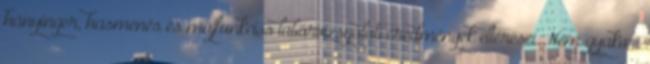
hányinger, hasmenés és májfunkciós laborvizsgálati eredmények eltérései. Nem gyakori